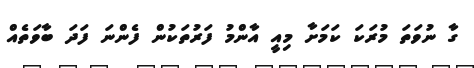
ގާ ނުވަތަ މުރަކަ ކަމަށާ މިއީ އާންމު ފަރުތަކުން ފެންނަ ފަދަ ބާވަތެއް